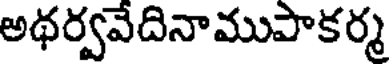
అథర్వవేదినాముపాకర్మ